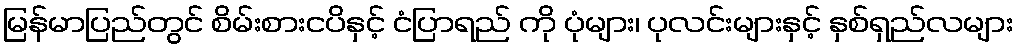
မြန်မာပြည်တွင် စိမ်းစားငပိနှင့် ငံပြာရည် ကို ပုံများ၊ ပုလင်းများနှင့် နှစ်ရှည်လများ